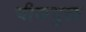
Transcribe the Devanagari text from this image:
चीकयुक्त